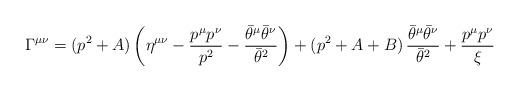
LaTeX: \begin{align*}\Gamma^{\mu\nu} = (p^{2} + A) \left(\eta^{\mu\nu} -{p^{\mu}p^{\nu}\over p^{2}} -{\bar{\theta}^{\mu}\bar{\theta}^{\nu}\over \bar{\theta}^{2}}\right) +(p^{2} + A + B)\,{\bar{\theta}^{\mu}\bar{\theta}^{\nu}\over\bar{\theta}^{2}} + {p^{\mu}p^{\nu}\over \xi}\end{align*}